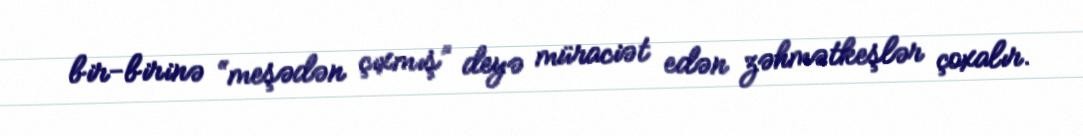
bir-birinə “meşədən çıxmış” deyə müraciət edən zəhmətkeşlər çoxalır.